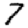
Digit: 7